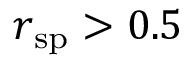
r _ { \mathrm { s p } } > 0 . 5